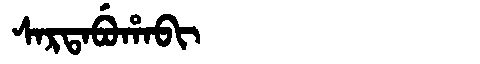
Manchu: ᠰᠠᡵᡨᠠᠪᡠᡥᠠᠪᡳ
Romanization: SARTABUHABI